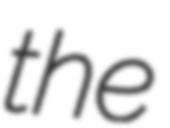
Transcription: the